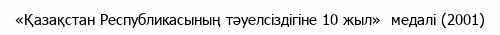
«Қазақстан Республикасының тәуелсiздiгiне 10 жыл»  медалі (2001)